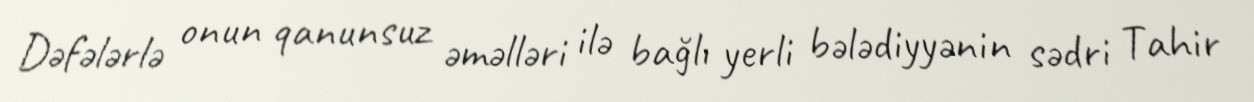
Dəfələrlə onun qanunsuz əməlləri ilə bağlı yerli bələdiyyənin sədri Tahir